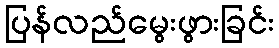
ပြန်လည်မွေးဖွားခြင်း